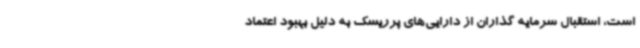
است، استقبال سرمایه گذاران از دارایی‌های پرریسک به دلیل بهبود اعتماد